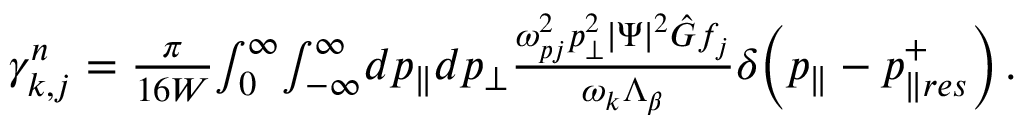
\begin{array} { r } { \gamma _ { k , j } ^ { n } = \frac { \pi } { 1 6 W } \! \int \displaylimits _ { 0 } ^ { \infty } \! \int \displaylimits _ { - \infty } ^ { \infty } \! d p _ { \parallel } d p _ { \perp } \frac { \omega _ { p j } ^ { 2 } p _ { \perp } ^ { 2 } | \Psi | ^ { 2 } \hat { G } f _ { j } } { \omega _ { k } \Lambda _ { \beta } } \delta \! \left( p _ { \parallel } - p _ { \parallel r e s } ^ { + } \right) . } \end{array}